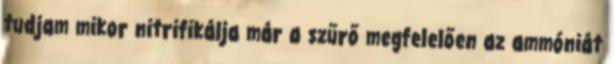
tudjam mikor nitrifikálja már a szűrő megfelelően az ammóniát